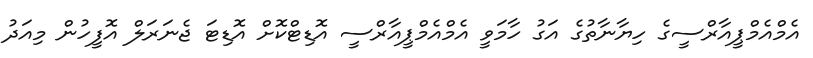
އެމްއެމްޕީއާރްސީގެ ހިޔާނާތުގެ އަގު ހާމަވީ އެމްއެމްޕީއާރްސީ އޮޑިޓްކޮށް އޮޑިޓަ ޖެނަރަލް އޮފީހުން މިއަދު